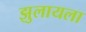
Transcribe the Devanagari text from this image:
झुलायला